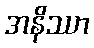
အနိဿာ